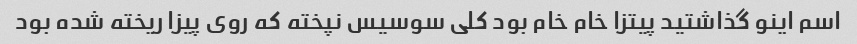
اسم اینو گذاشتید پیتزا خام خام بود کلی سوسیس نپخته که روی پیزا ریخته شده بود